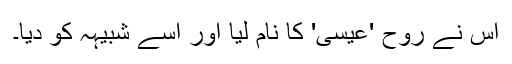
اس نے روح 'عیسیٰ' کا نام لیا اور اسے شبیہہ کو دیا۔